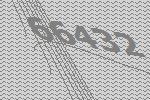
66432